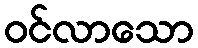
ဝင်လာသော